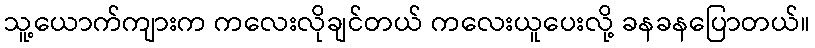
သူ့ယောက်ကျားက ကလေးလိုချင်တယ် ကလေးယူပေးလို့ ခနခနပြောတယ်။